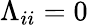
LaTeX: \Lambda_{ii}=0